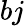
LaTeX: bj